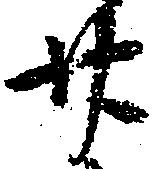
廿